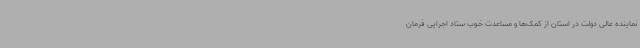
نماینده عالی دولت در استان از کمک‌ها و مساعدت خوب ستاد اجرایی فرمان